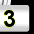
Digit: 3